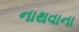
નાથવાના